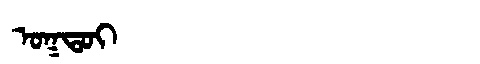
Manchu: ᠣᡴᡨᠣᡳ
Romanization: OKTOI